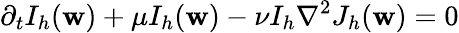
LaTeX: \partial_{t}I_{h}(\mathbf{w})+\mu I_{h}(\mathbf{w})-\nu I_{h}\nabla^{2}J_{h}(\mathbf{w})=0